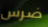
ضرس